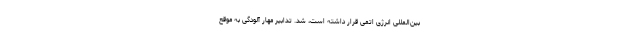
بین‌المللی انرژی اتمی قرار داشته است، شد. تدابیر مهار آلودگی به موقع